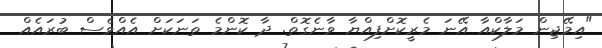
"އިމޭޖިން މަލާކްއާ އޭނަ މެރީކޮށްފިއްޔާ ވާނެގޮތް. ދާ ކޮންމެ ތަނަކަށް އެއްވެސް ބުރައެއް